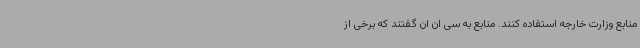
منابع وزارت خارجه استفاده کنند. منابع به سی ان ان گفتند که برخی از